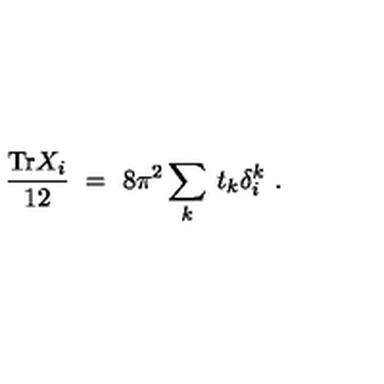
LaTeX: \frac { \mathrm { T r } X _ { i } } { 1 2 } \ = \ 8 \pi ^ { 2 } \sum _ { k } \: t _ { k } \delta _ { i } ^ { k } \ .